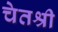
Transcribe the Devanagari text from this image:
चेतश्री